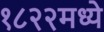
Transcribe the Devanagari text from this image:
१८२२मध्ये